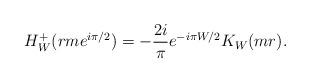
LaTeX: \begin{align*}H^{+}_W(rme^{i\pi/2}) = - \frac{2i}{\pi} e^{-i\pi W/2} K_W(mr).\end{align*}